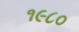
૧૯૮૦